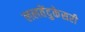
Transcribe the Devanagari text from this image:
ललतेंदुकेसरी